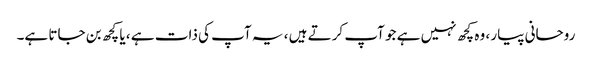
روحانی پیار ، وہ کچھ نہیں ہے جو آپ کرتے ہیں ، یہ آپ کی ذات ہے ، یا کچھ بن جاتا ہے۔